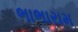
ભાભારામ